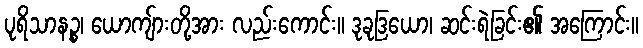
ပုရိသာနဉ္စ၊ ယောကျ်ားတို့အား လည်းကောင်း။ ဒုခုဒြယော၊ ဆင်းရဲခြင်း၏ အကြောင်း။